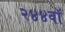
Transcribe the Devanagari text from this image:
२४४वॉ